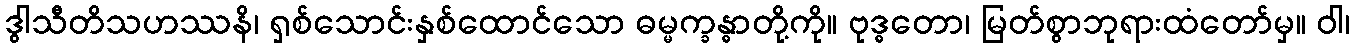
ဒွါသီတိသဟဿနိ၊ ရှစ်သောင်းနှစ်ထောင်သော ဓမ္မက္ခန္ဓာတို့ကို။ ဗုဒ္ဓတော၊ မြတ်စွာဘုရားထံတော်မှ။ ဝါ၊